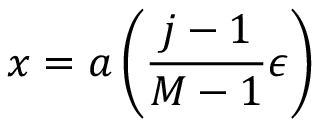
x = a \left( \frac { j - 1 } { M - 1 } \epsilon \right)